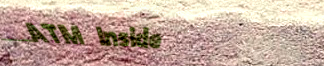
ATM Inside